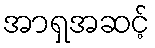
အာရှအဆင့်